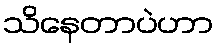
သိနေတာပဲဟာ